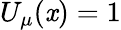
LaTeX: U_{\mu}(\mathit{x})=1